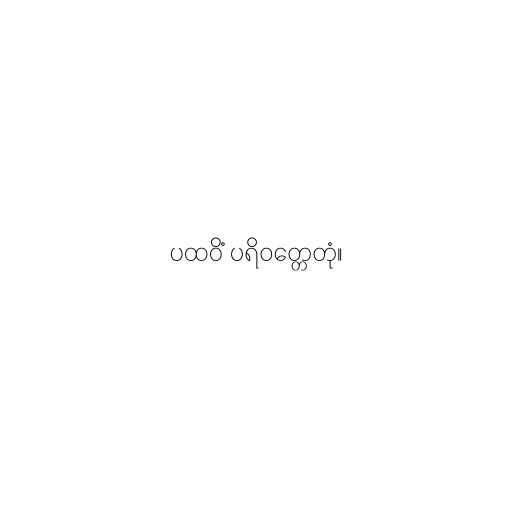
ပထဝိံ ပရိဝတ္တေတုံ။